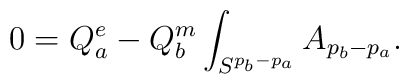
0=Q^e_a- Q^m_b \int_{S^{p_b-p_a}}A_{p_b-p_a}.